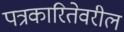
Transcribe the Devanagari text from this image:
पत्रकारितेवरील